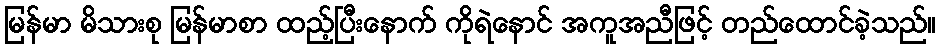
မြန်မာ မိသားစု မြန်မာစာ ထည့်ပြီးနောက် ကိုရဲနောင် အကူအညီဖြင့် တည်ထောင်ခဲ့သည်။